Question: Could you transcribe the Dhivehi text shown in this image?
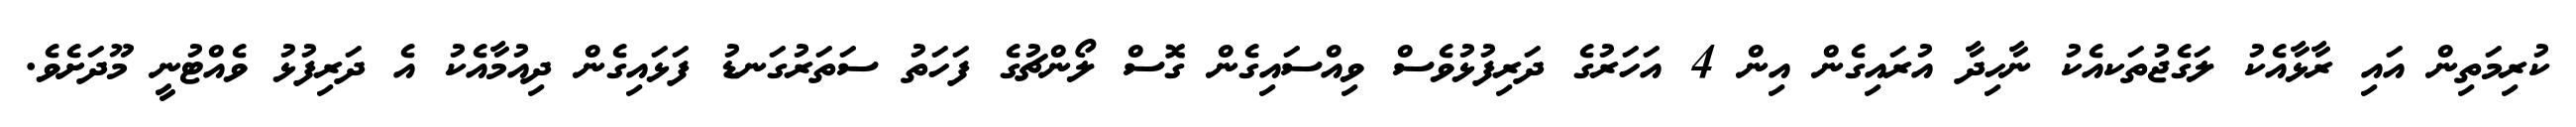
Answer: ކުރިމަތިން އައި ރާޅާއެކު ލަގެޖުތަކއެކު ނާހިދާ އުރައިގެން އިން 4 އަހަރުގެ ދަރިފުޅުވެސް ވިއްސައިގެން ގޮސް ލޯންޗުގެ ފަހަތު ސަތަރުގަނޑު ފަޅައިގެން ދިއުމާއެކު އެ ދަރިފުޅު ވެއްޓުނީ މޫދަށެވެ.